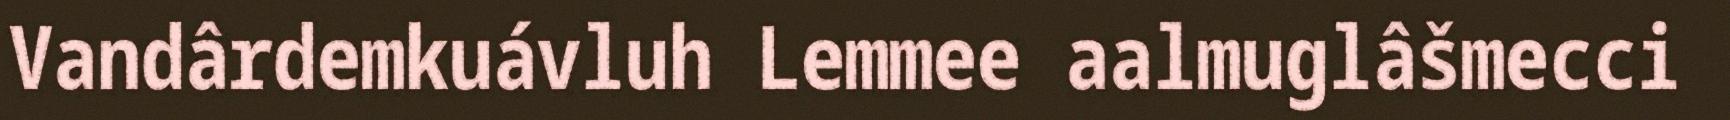
Vandârdemkuávluh Lemmee aalmuglâšmecci